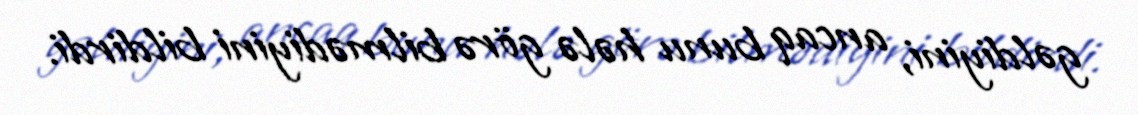
gəldiyini, ancaq bunu hələ görə bilmədiyini bildirdi.